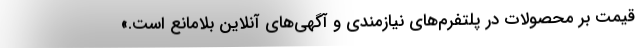
قیمت بر محصولات در پلتفرم‌های نیازمندی و آگهی‌های آنلاین بلامانع است.»